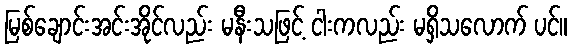
မြစ်ချောင်းအင်းအိုင်လည်း မနီးသဖြင့် ငါးကလည်း မရှိသလောက် ပင်။